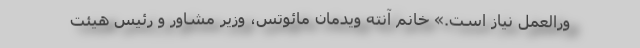
ورالعمل نیاز است.» خانم آنِتِه ویدمان مائوتس، وزیر مشاور و رئیس هیئت